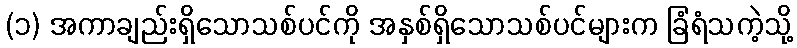
(၁) အကာချည်းရှိသောသစ်ပင်ကို အနှစ်ရှိသောသစ်ပင်များက ခြံရံသကဲ့သို့